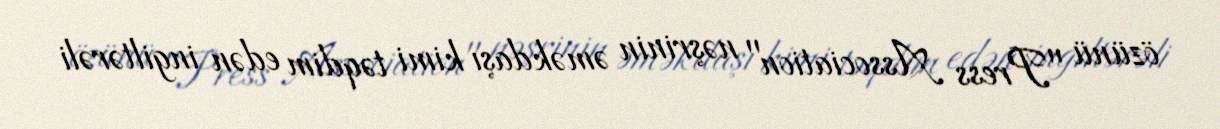
özünü "Press Association" nəşrinin əməkdaşı kimi təqdim edən ingiltərəli